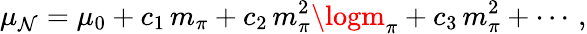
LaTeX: \mu_{\mathcal{N}}=\mu_{0}+c_{1}\, m_{\pi}+c_{2}\, m_{\pi}^{2}\logm_{\pi}+c_{3}\, m_{\pi}^{2}+\cdots\, ,